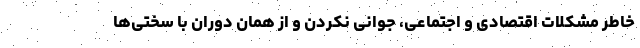
خاطر مشکلات اقتصادی و اجتماعی، جوانی نکردن و از همان دوران با سختی‌ها